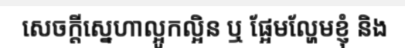
សេចក្តីស្នេហាល្អូកល្អិន ឬ ផ្អែមល្ហែមខ្ញុំ និង